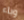
وباء